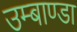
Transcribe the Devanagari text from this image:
उम्बाण्डा